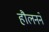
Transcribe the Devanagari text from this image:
हौलनने